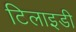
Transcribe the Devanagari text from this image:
टिलाइडी